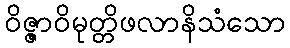
ဝိဇ္ဇာဝိမုတ္တိဖလာနိသံသော